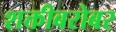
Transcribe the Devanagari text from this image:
शक्तीबरोबर